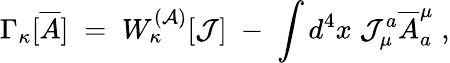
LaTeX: {\Gamma}_{\kappa}[\overline{{{A}}}]\; =\; {W}_{\kappa}^{({\cal A})}[{\cal J}]\; -\; \int d^{4}x\; {\cal J}_{\mu}^{a}\overline{{{A}}}_{a}^{\mu}\; ,